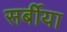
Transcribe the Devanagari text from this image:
सर्बीया